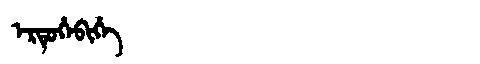
Manchu: ᡝᡵᡨᡠᡥᡝᠪᡳᡥᡝ
Romanization: ERTUHEBIHE